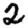
Digit: 2